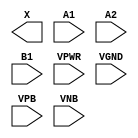
module sky130_fd_sc_ls__a21o (
    X   ,
    A1  ,
    A2  ,
    B1  ,
    VPWR,
    VGND,
    VPB ,
    VNB
);

    output X   ;
    input  A1  ;
    input  A2  ;
    input  B1  ;
    input  VPWR;
    input  VGND;
    input  VPB ;
    input  VNB ;
endmodule